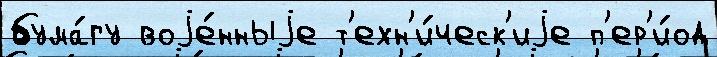
бума́гу воjе́нныjе т'ехн'и́ческ'иjе п'ер'и́од